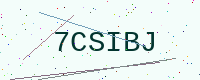
Text: 7CSIBJ